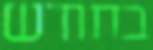
בחודש